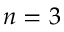
n = 3